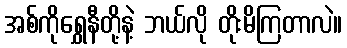
အစ်ကိုရွှေနီတို့နဲ့ ဘယ်လို တိုးမိကြတာလဲ။